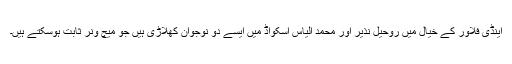
اینڈی فلاور کے خیال میں روحیل نذیر اور محمد الیاس اسکواڈ میں ایسے دو نوجوان کھلاڑی ہیں جو میچ ونر ثابت ہوسکتے ہیں۔